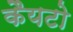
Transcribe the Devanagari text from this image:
कैयटो